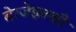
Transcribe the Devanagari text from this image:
बेरजेइतकी